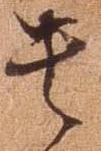
貴